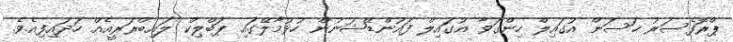
ޕްރޮފެސަރު ހަސަން އުގައިލް ހިންގަވާ އުގައިލް ފައުންޑޭޝަނުން ހުޅުމާލޭގައި ޕަބްލިކް ލައިބްރަރީއެއް ހަދައިފިއެވެ.